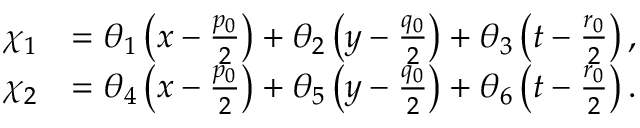
\begin{array} { r l } { \chi _ { 1 } } & { = \theta _ { 1 } \left( x - \frac { p _ { 0 } } { 2 } \right) + \theta _ { 2 } \left( y - \frac { q _ { 0 } } { 2 } \right) + \theta _ { 3 } \left( t - \frac { r _ { 0 } } { 2 } \right) , } \\ { \chi _ { 2 } } & { = \theta _ { 4 } \left( x - \frac { p _ { 0 } } { 2 } \right) + \theta _ { 5 } \left( y - \frac { q _ { 0 } } { 2 } \right) + \theta _ { 6 } \left( t - \frac { r _ { 0 } } { 2 } \right) . } \end{array}